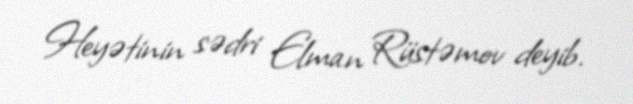
Heyətinin sədri Elman Rüstəmov deyib.